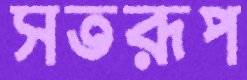
সতরূপ